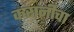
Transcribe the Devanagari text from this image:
करानीचा